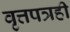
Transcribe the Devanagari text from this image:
वृत्तपत्रही